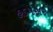
હડપસર